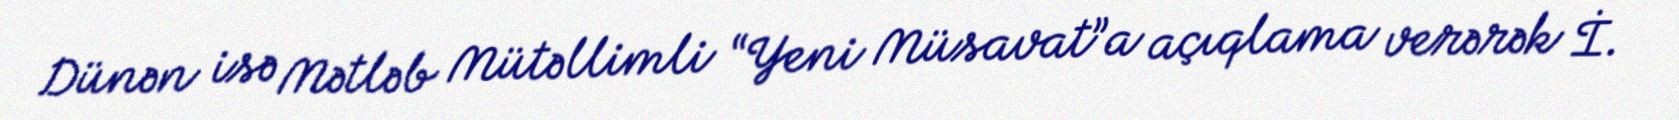
Dünən isə Mətləb Mütəllimli “Yeni Müsavat”a açıqlama verərək İ.